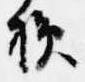
損